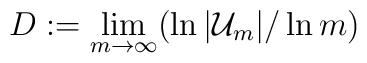
D:=\lim_{m\to \infty}(\ln |{\cal U}_m|/\ln m)